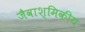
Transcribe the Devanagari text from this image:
जैवाश्मिकीय